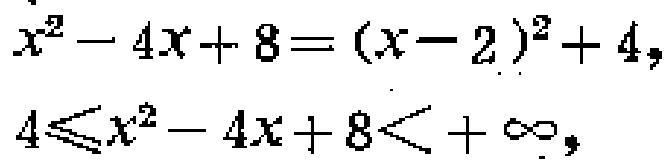
\[
\begin{align*}
x^{2}-4x + 8&=(x - 2)^{2}+4,\\
4&\leq x^{2}-4x + 8<+\infty,
\end{align*}
\]